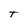
Character: T